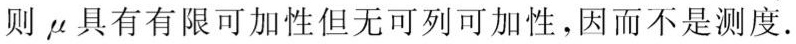
则 $\mu$ 具有有限可加性但无可列可加性，因而不是测度.